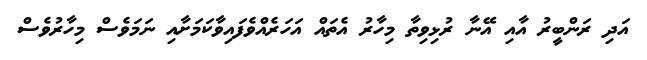
އަދި ރަންބީރު އާއި އޭނާ ރުޅިވިތާ މިހާރު އެތައް އަހަރެއްވެފައިވާކަމަށާއި ނަމަވެސް މިހާރުވެސް